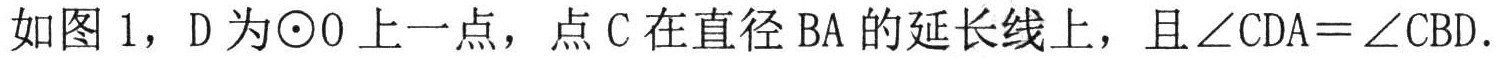
如图1，\(D\)为\(\odot O\)上一点，点\(C\)在直径\(BA\)的延长线上，且\(\angle CDA=\angle CBD\).